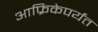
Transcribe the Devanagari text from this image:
आफ्रिकेपर्यंत